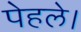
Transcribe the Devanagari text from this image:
पेहले।